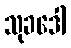
သုခဒေါ